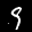
Label: 9